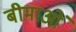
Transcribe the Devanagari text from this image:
बीमाओं